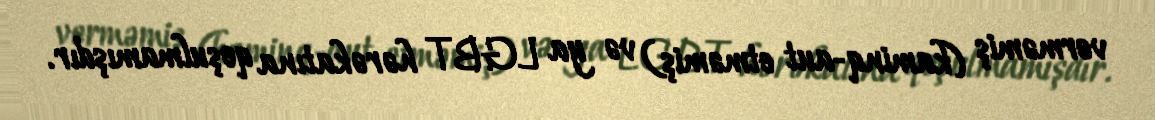
verməmiş (kaminq-aut etməmiş) və ya LGBT hərəkatına qoşulmamışdır.